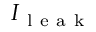
I _ { \mathrm { ~ l ~ e ~ a ~ k ~ } }